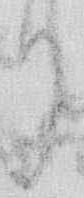
り